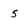
Character: 5